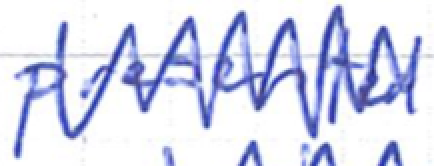
Text: presented
Cross-out: zig-zag
Writing tool: ballpoint